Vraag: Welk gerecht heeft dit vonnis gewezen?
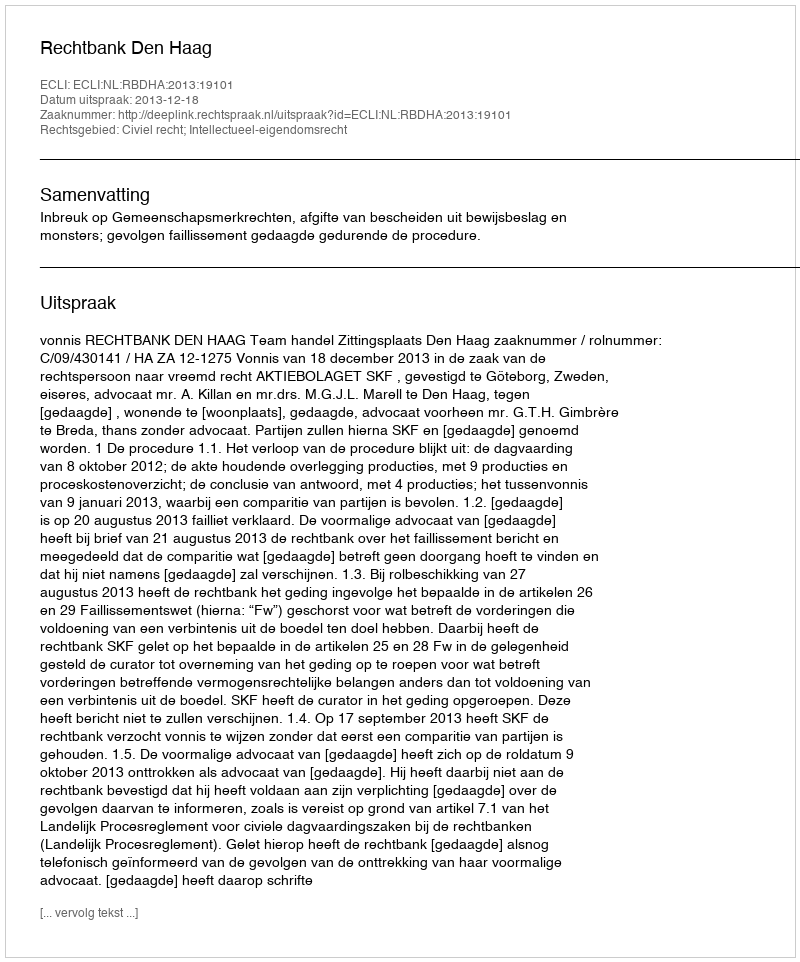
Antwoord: Rechtbank Den Haag